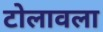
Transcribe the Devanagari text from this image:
टोलावला